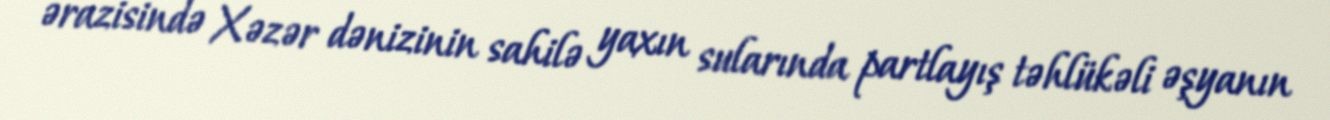
ərazisində Xəzər dənizinin sahilə yaxın sularında partlayış təhlükəli əşyanın